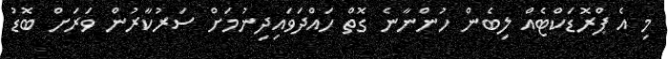
މި އެ ޕްރޮޑަކްޓެއް ލިބެން ހުންނާނެ ގޮތް ހައްދަވައިދިނުމަށް ސަރުކާރުން ވަރަށް ބޮޑު